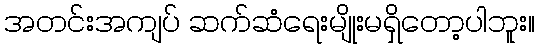
အတင်းအကျပ် ဆက်ဆံရေးမျိုးမရှိတော့ပါဘူး။